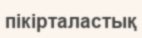
пікірталастық